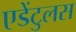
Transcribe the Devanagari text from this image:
एडेंटुलस